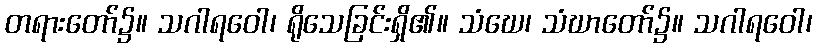
တရားတော်၌။ သဂါရဝေါ၊ ရိုသေခြင်းရှိ၏။ သံဃေ၊ သံဃာတော်၌။ သဂါရဝေါ၊